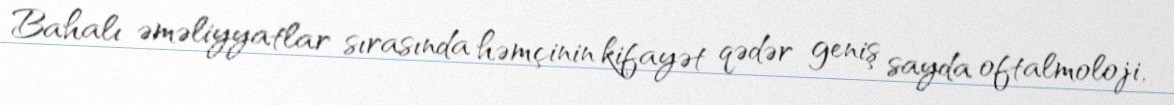
Bahalı əməliyyatlar sırasında həmçinin kifayət qədər geniş sayda oftalmoloji,